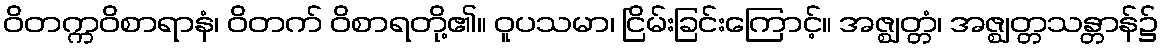
ဝိတက္ကဝိစာရာနံ၊ ဝိတက် ဝိစာရတို့၏။ ဝူပသမာ၊ ငြိမ်းခြင်းကြောင့်။ အဇ္ဈတ္တံ၊ အဇ္ဈတ္တသန္တာန်၌